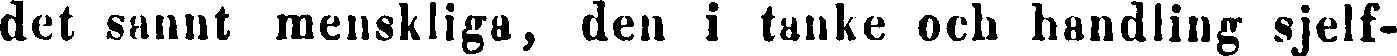
det sannt raenskliga, den i tanke och handling sjelf-